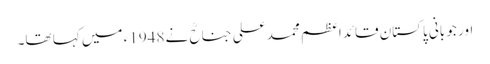
اور جو بانی پاکستان قائداعظم محمد علی جناحؒ نے 1948ء میں کہا تھا۔